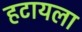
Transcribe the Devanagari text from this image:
हटायला